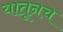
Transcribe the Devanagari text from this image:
यातूनच